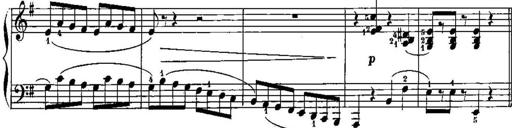
Title: Trois sonatines
Composer: Maurice Emmanuel